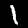
Digit: 1